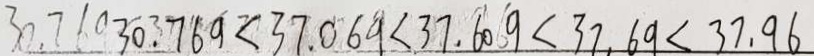
3 0 . 7 6 9 < 3 7 . 0 6 9 < 3 7 . 6 0 9 < 3 7 . 6 9 < 3 7 . 9 6